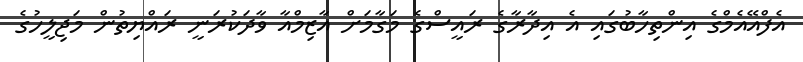
އެފްއޭއެމްގެ އިންތިހާބުގައި އެ އިދާރާގެ ރައީސްގެ މަގާމަށް އާޒިމްއާ ވާދަކުރަނީ ރައްޔިތުން މަޖިލީހުގެ